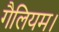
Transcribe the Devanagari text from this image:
गैलियम।